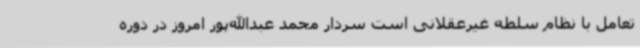
تعامل با نظام سلطه غیرعقلانی است سردار محمد عبدالله‌پور امروز در دوره